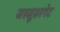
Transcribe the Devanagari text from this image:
जस्सूसरगेट